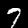
Label: 7